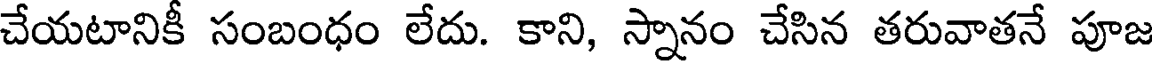
చేయటానికీ సంబంధం లేదు. కాని, స్నానం చేసిన తరువాతనే పూజ